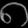
Digit: ၈